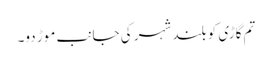
تم گاڑی کو بلند شہر کی جانب موڑ دو۔